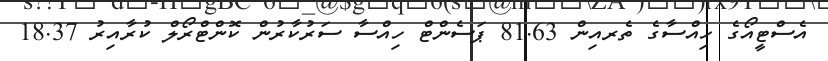
އެސްޓީއޯގެ ހިއްސާގެ ތެެރއިން 81.63 ޕަސެންޓް ހިއްސާ ސަރުކާރުން ކޮންޓްރޯލް ކުރާއިރު 18.37